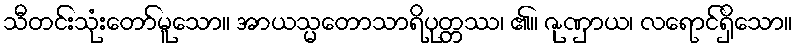
သီတင်းသုံးတော်မူသော။ အာယသ္မတောသာရိပုတ္တဿ၊ ၏။ ဇုဏှာယ၊ လရောင်ရှိသော။